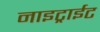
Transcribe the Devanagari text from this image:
नाइट्राईट